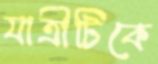
যাত্রীটিকে